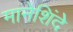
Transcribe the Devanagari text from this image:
मानेशिंदे